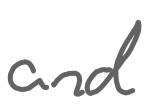
Text: and
Cross-out: clean
Writing tool: digital_gray